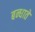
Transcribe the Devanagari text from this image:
बन्धाते